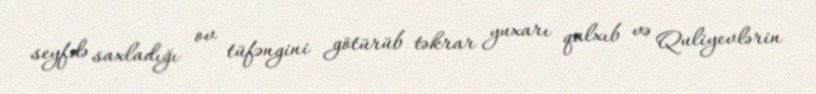
seyfdə saxladığı ov tüfəngini götürüb təkrar yuxarı qalxıb və Quliyevlərin